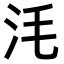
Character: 𣲭